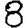
Digit: 8